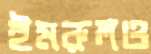
ইমরুলও